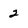
Character: 2